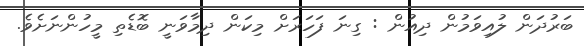
ބަރުދަން ލުއިވަމުން ދިއުން : ގިނަ ފަހަރަށް މިކަން ދިމާވަނީ ބޮޑެތި މީހުންނަށެވެ.